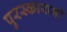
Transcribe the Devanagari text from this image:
पुरस्कारानी